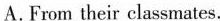
A.From their classmates.